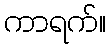
ကာရက်။